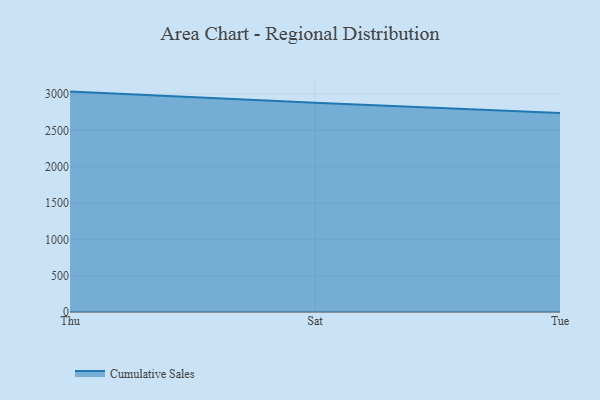
{"axis": {"x": "Day", "y": "Churn Rate (%)"}, "legend": ["Cumulative Sales"], "data": [{"x": "Thu", "y": 3032.7, "type": "Cumulative Sales"}, {"x": "Sat", "y": 2878.1, "type": "Cumulative Sales"}, {"x": "Tue", "y": 2737.1, "type": "Cumulative Sales"}]}